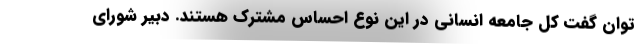
توان گفت کل جامعه انسانی در این نوع احساس مشترک هستند. دبیر شورای